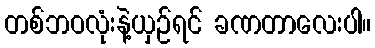
တစ်ဘဝလုံးနဲ့ယှဉ်ရင် ခဏတာလေးပါ။